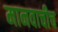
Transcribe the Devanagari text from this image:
मानवाचीच